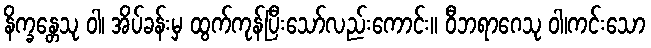
နိက္ခန္တေသု ဝါ၊ အိပ်ခန်းမှ ထွက်ကုန်ပြီးသော်လည်းကောင်း။ ဝီဘရာဂေသု ဝါ၊ကင်းသော